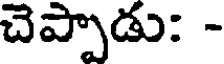
చెప్పాడు: -